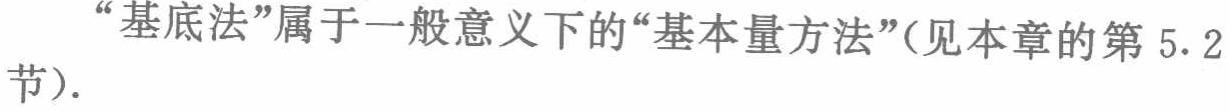
“基底法”属于一般意义下的“基本量方法”(见本章的第 5.2节).